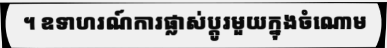
។ ឧទាហរណ៍ការផ្លាស់ប្តូរមួយក្នុងចំណោម